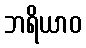
ဘရိယာဝ